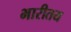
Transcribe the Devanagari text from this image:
भारीतय